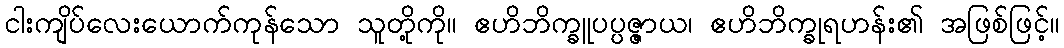
ငါးကျိပ်လေးယောက်ကုန်သော သူတို့ကို။ ဧဟိဘိက္ခူပပ္ပဇ္ဇာယ၊ ဧဟိဘိက္ခုရဟန်း၏ အဖြစ်ဖြင့်။